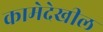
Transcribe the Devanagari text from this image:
कामेदेखील